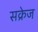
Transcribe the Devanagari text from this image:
सक्रेज